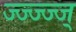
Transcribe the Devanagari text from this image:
ज्ज्ज्ज्ज्